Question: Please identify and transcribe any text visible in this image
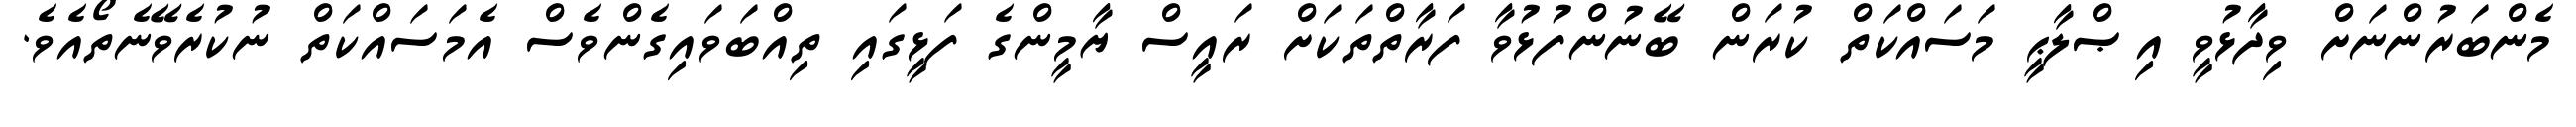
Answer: މެންބަރުންނަށް ވިދާޅުވީ އިޞްލާޙީ މަސައްކަތް ކުރަން ބޭނުންފުޅުވާ ފަރާތްތަކަށް ރައީސް ޔާމީންގެ ފަޅީގައި ތިއްބަވައިގެންވެސް އެމަސައްކަތް ނުކުރެވޭނެތޯއެވެ.